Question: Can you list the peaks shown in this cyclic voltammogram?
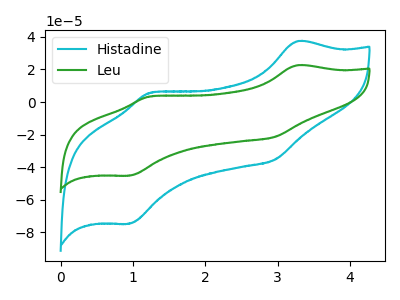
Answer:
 <answer>The cyan curve "Histadine" has anodic peaks at (3.25V, 37.30uA) (1.25V, 5.70uA) and cathodic peaks at (2.95V, -35.40uA) (0.95V, -74.60uA). The green curve "Leu" has anodic peaks at (3.25V, 22.55uA) (1.25V, 3.45uA) and cathodic peaks at (2.95V, -21.40uA) (0.95V, -45.15uA).</answer>
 <eval></eval>